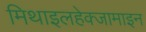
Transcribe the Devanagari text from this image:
मिथाइलहेक्जामाइन